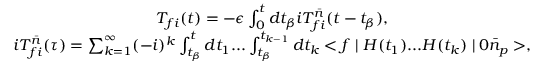
\begin{array} { c } { { T _ { f i } ( t ) = - \epsilon \int _ { 0 } ^ { t } d t _ { \beta } i T _ { f i } ^ { \bar { n } } ( t - t _ { \beta } ) , } } \\ { { i T _ { f i } ^ { \bar { n } } ( \tau ) = \sum _ { k = 1 } ^ { \infty } ( - i ) ^ { k } \int _ { t _ { \beta } } ^ { t } d t _ { 1 } . . . \int _ { t _ { \beta } } ^ { t _ { k - 1 } } d t _ { k } < f \mid H ( t _ { 1 } ) . . . H ( t _ { k } ) \mid 0 \bar { n } _ { p } > , } } \end{array}